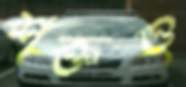
শক্তও